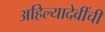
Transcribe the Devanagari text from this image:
अहिल्यादेवींची